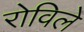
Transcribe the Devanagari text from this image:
रोविले